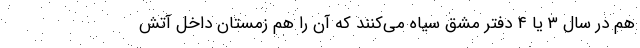
هم در سال ۳ یا ۴ دفتر مشق سیاه می‌کنند که آن را هم زمستان داخل آتش